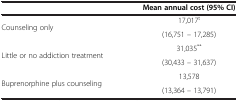
<table><thead><tr><td>[EMPTY_CELL]</td><td><b>Mean annual cost (95% CI)</b></td></tr></thead><tbody><tr><td rowspan="2">Counseling only</td><td>17,017<sup>t</sup></td></tr><tr><td>(16,751 – 17,285)</td></tr><tr><td rowspan="2">Little or no addiction treatment</td><td>31,035<sup>**</sup></td></tr><tr><td>(30,433 – 31,637)</td></tr><tr><td rowspan="2">Buprenorphine plus counseling</td><td>13,578</td></tr><tr><td>(13,364 – 13,791)</td></tr></tbody></table>